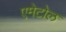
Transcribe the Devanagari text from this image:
एमेटोल